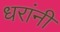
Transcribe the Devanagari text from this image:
धरांनी